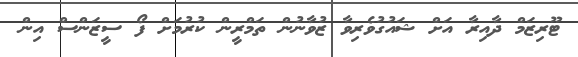
ޓޫރިޒަމް ދާއިރާ އަށް ޝައުގުވެރިވާ ޒުވާނުން ތަމްރީން ކުރުމަށް ފޯ ސީޒަންސް އިން